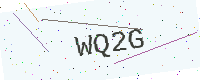
Text: WQ2G